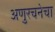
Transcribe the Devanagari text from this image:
अणुरचनेचा